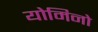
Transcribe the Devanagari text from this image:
योमिनो